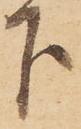
下